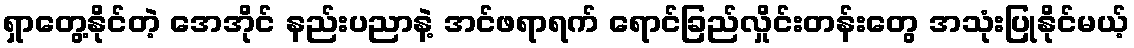
ရှာတွေ့နိုင်တဲ့ အေအိုင် နည်းပညာနဲ့ အင်ဖရာရက် ရောင်ခြည်လှိုင်းတန်းတွေ အသုံးပြုနိုင်မယ့်